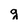
Character: g